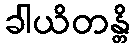
ခါယိတန္တိ